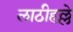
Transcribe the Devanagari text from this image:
लाठीहल्ले